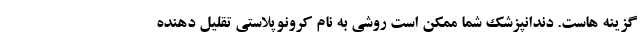
گزینه هاست. دندانپزشک شما ممکن است روشی به نام کرونوپلاستی تقلیل دهنده